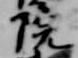
院